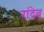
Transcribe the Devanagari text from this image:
रांदेवू